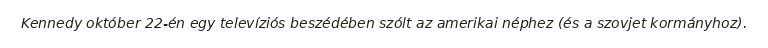
Kennedy október 22-én egy televíziós beszédében szólt az amerikai néphez (és a szovjet kormányhoz).